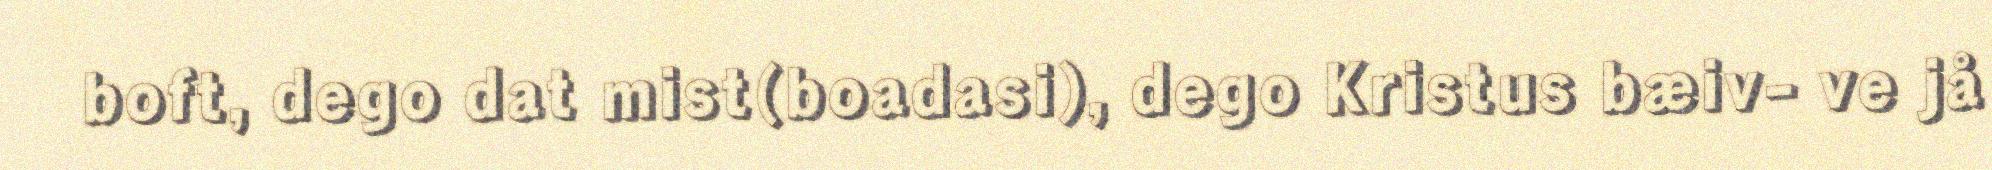
boft, dego dat mist(boadasi), dego Kristus bæiv- ve jå